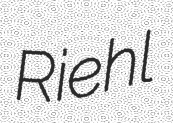
Riehl